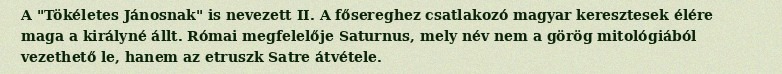
A "Tökéletes Jánosnak" is nevezett II. A fősereghez csatlakozó magyar keresztesek élére maga a királyné állt. Római megfelelője Saturnus, mely név nem a görög mitológiából vezethető le, hanem az etruszk Satre átvétele.